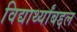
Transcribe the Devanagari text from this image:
विद्यार्थ्यांबद्दल